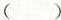
()